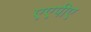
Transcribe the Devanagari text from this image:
एएपीए